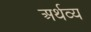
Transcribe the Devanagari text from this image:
अर्थव्य